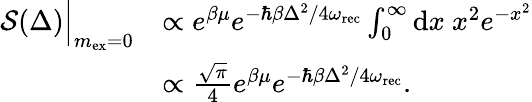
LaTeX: \begin{array}{rl}{\mathcal{S}(\Delta)\Big|_{m_{\mathrm{ex}}=0}}&{\propto e^{\beta\mu}e^{-\hbar\beta\Delta^{2}/4\omega_{\mathrm{rec}}}\int_{0}^{\infty}\mathrm{d}x\ x^{2}e^{-x^{2}}}\\ &{\propto\frac{\sqrt{\pi}}{4}e^{\beta\mu}e^{-\hbar\beta\Delta^{2}/4\omega_{\mathrm{rec}}}.}\end{array}